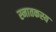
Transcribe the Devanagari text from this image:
स्नातकस्य